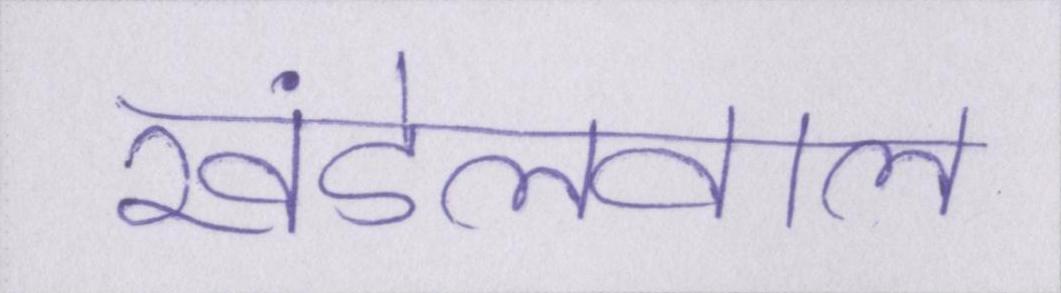
खंडेलवाल